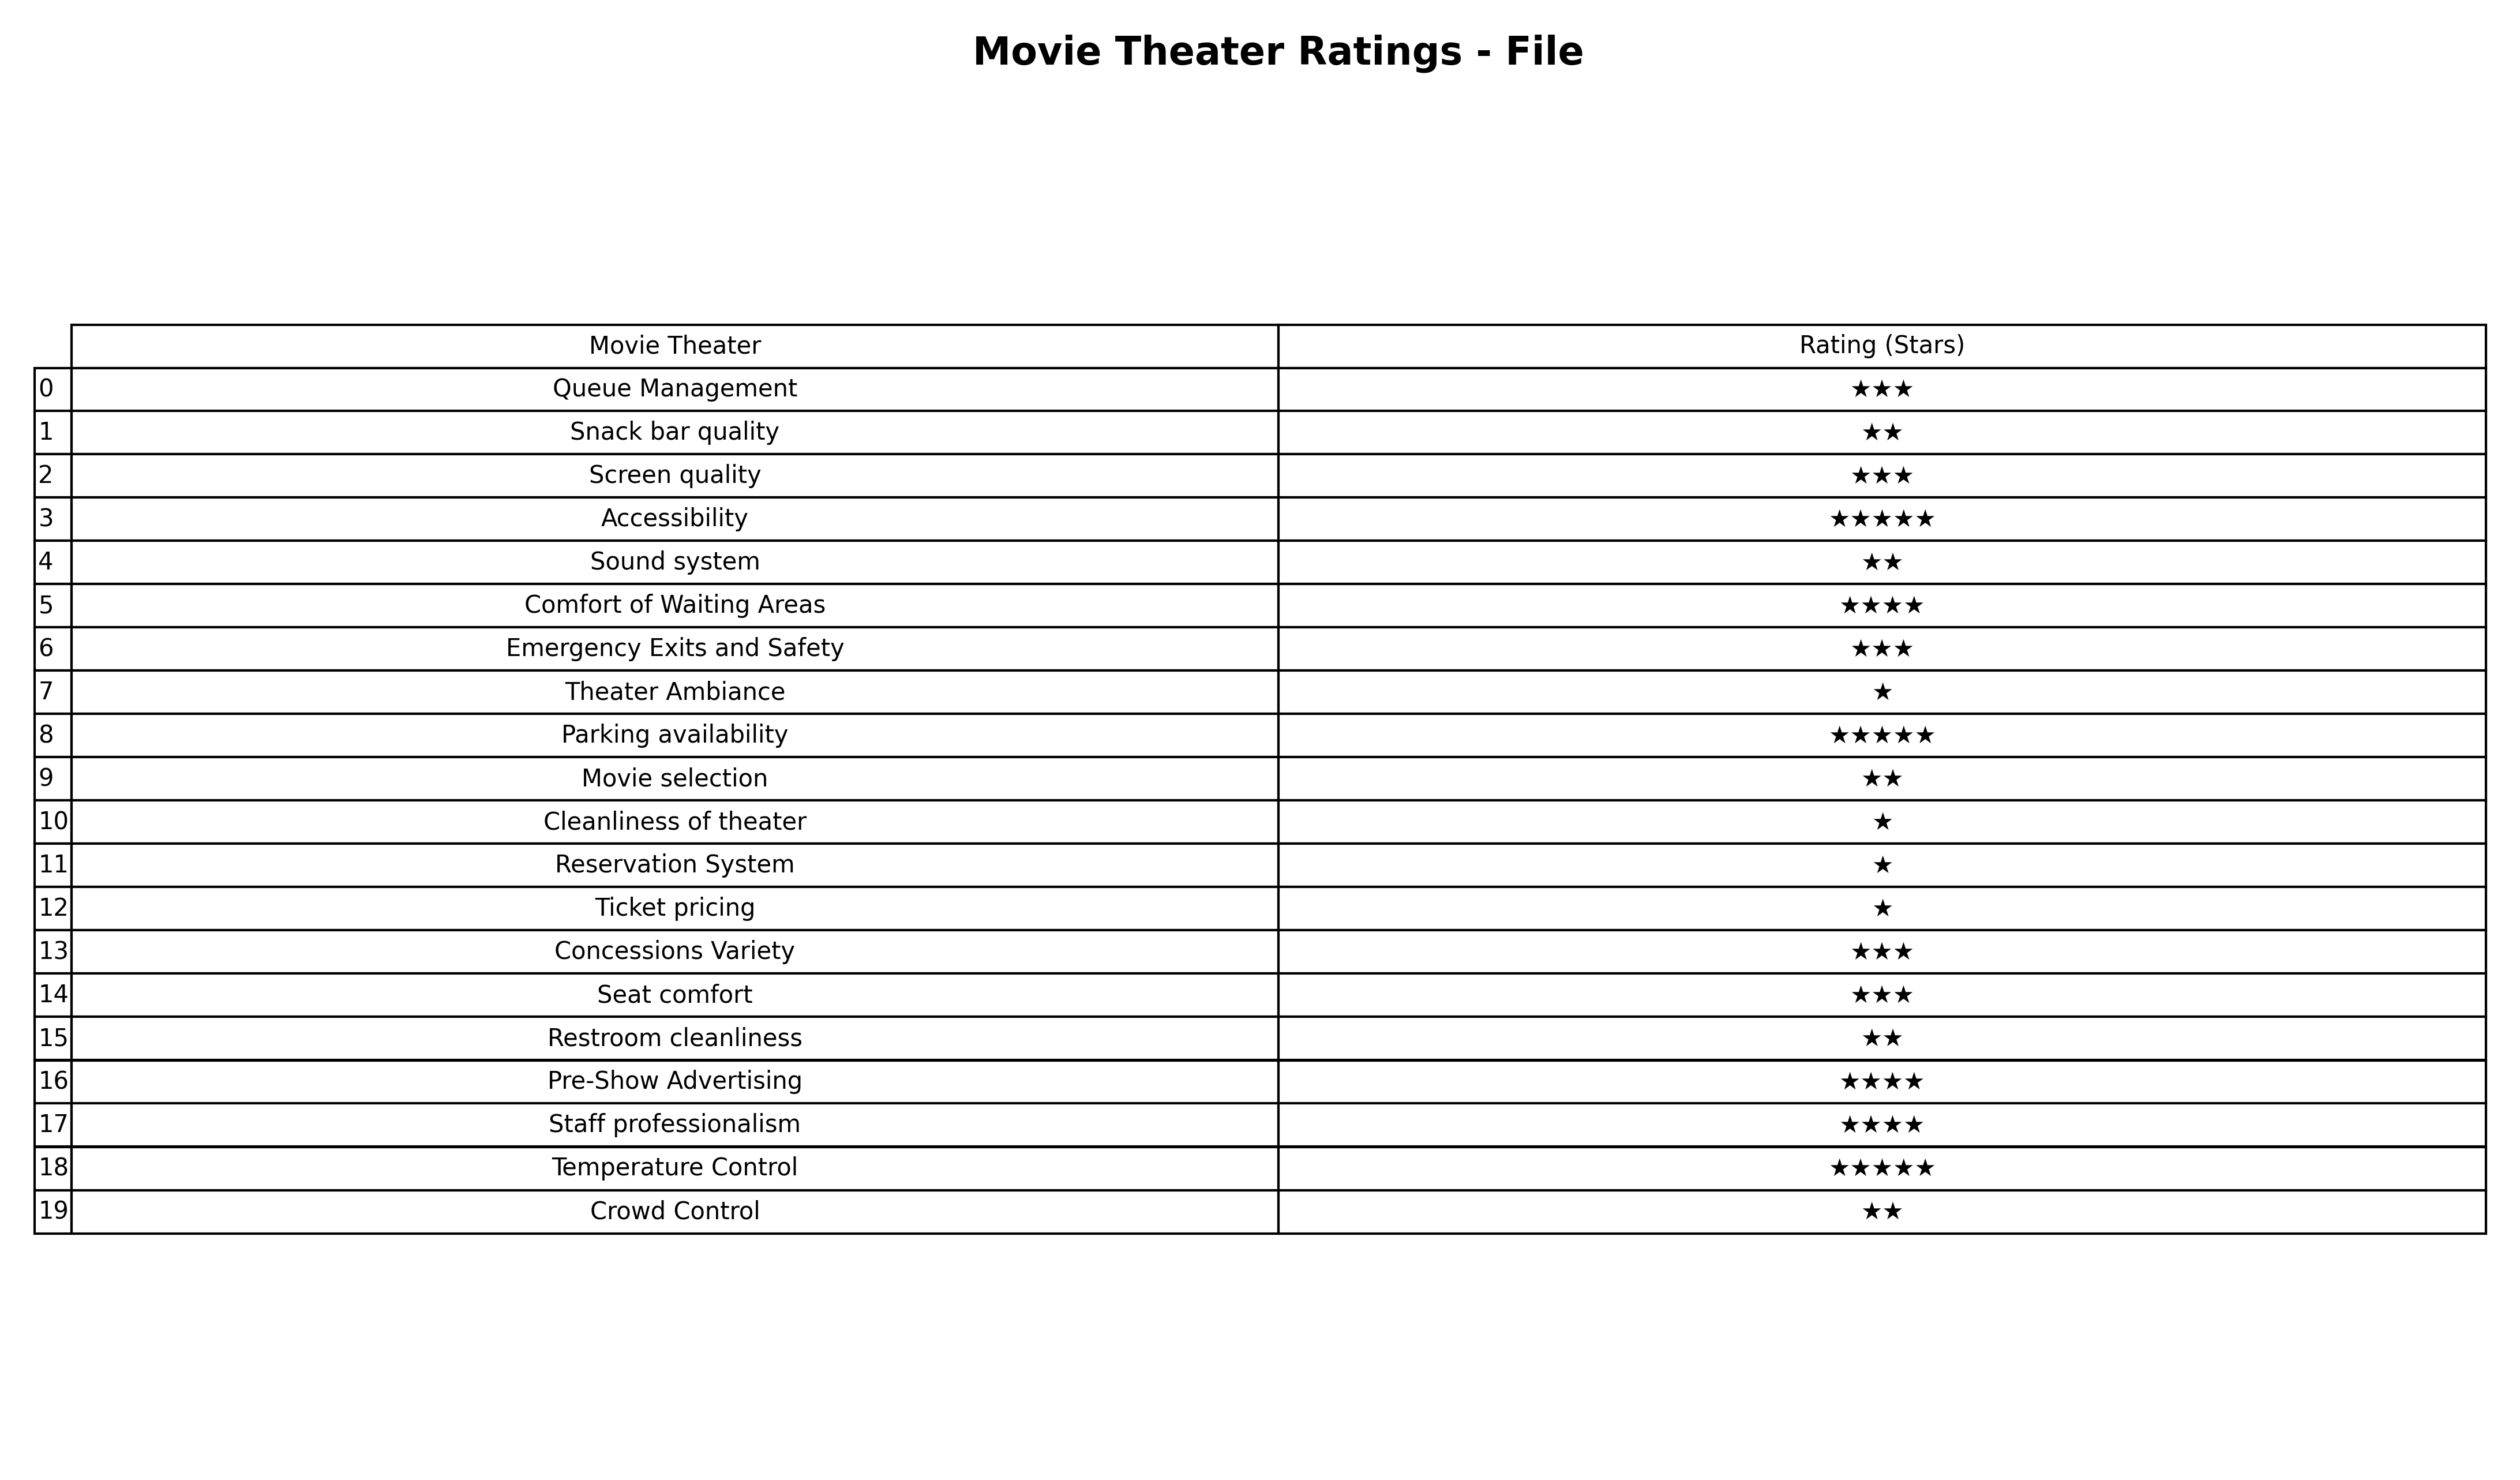
question: What are lowest rating services?
answer: Comfort of Waiting AreasPre-Show AdvertisingStaff professionalism